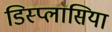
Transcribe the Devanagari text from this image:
डिस्प्लासिया